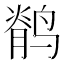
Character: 鹡